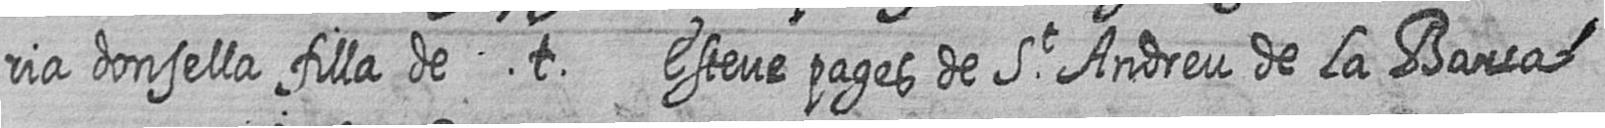
ria donsella filla de t Esteve pages de St Andreu de la Barca